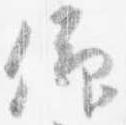
仰